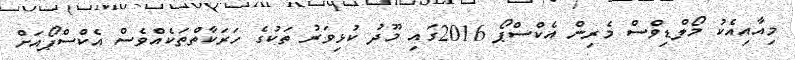
މިއާއިއެކު މޯލްޑިވްސް މެރިން އެކްސްޕޯ 2016ގައި މޫދު ކުޅިވަރު ތަކުގެ ހަރަކާތްތަކެއްވެސް އެކްސްޕޯއަށް